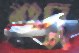
শুদু